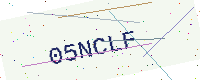
Text: 05NCLF